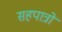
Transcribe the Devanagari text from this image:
सहपात्रों